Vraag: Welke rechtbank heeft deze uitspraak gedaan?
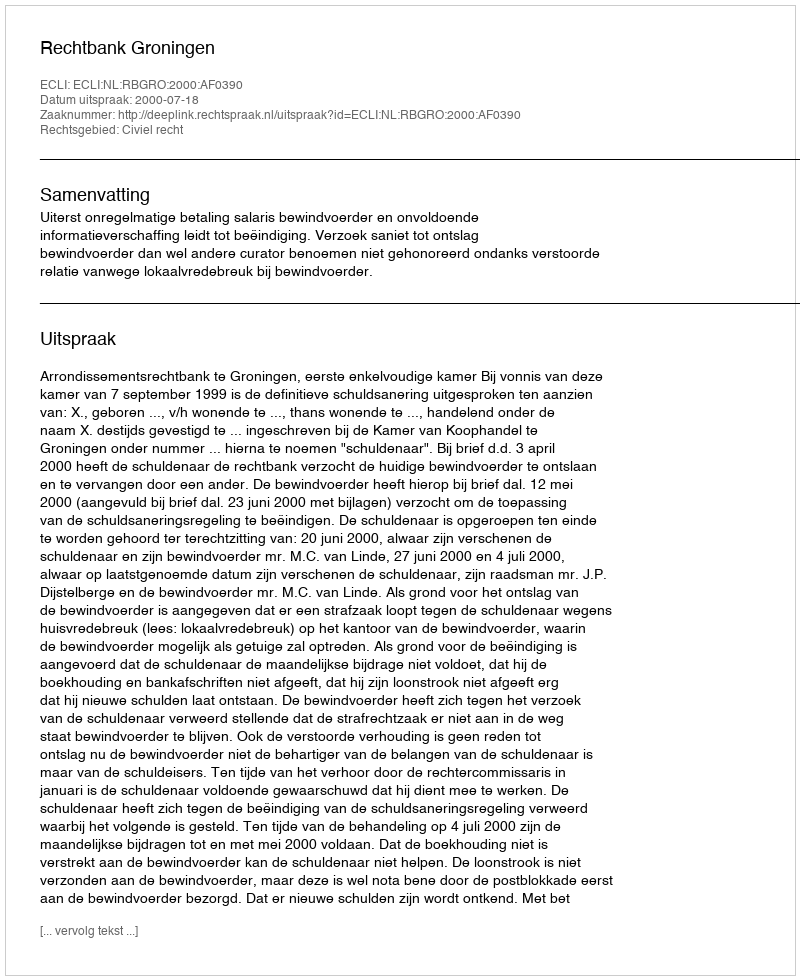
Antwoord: Rechtbank Groningen